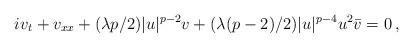
LaTeX: \begin{align*} iv_t + v _{xx} + (\lambda p/ 2) |u|^{p-2} v + (\lambda (p-2)/ 2 ) |u|^{p-4} u^2 \bar v = 0\,,\end{align*}